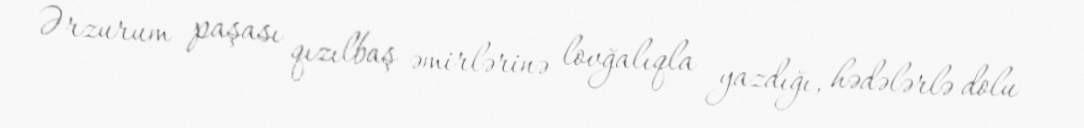
Ərzurum paşası qızılbaş əmirlərinə lovğalıqla yazdığı, hədələrlə dolu